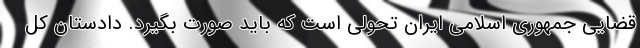
قضایی جمهوری اسلامی ایران تحولی است که باید صورت بگیرد. دادستان کل